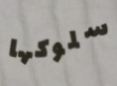
سلوكها